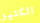
الكثير